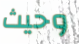
وحيث